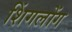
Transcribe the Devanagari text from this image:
शिंगलोंग